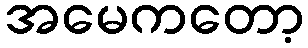
အမေကတော့